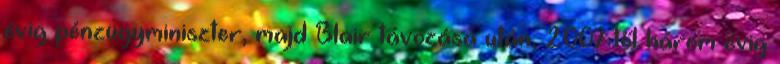
évig pénzügyminiszter, majd Blair távozása után, 2007-től három évig